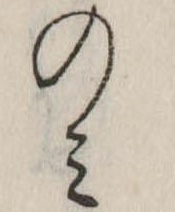
のみ